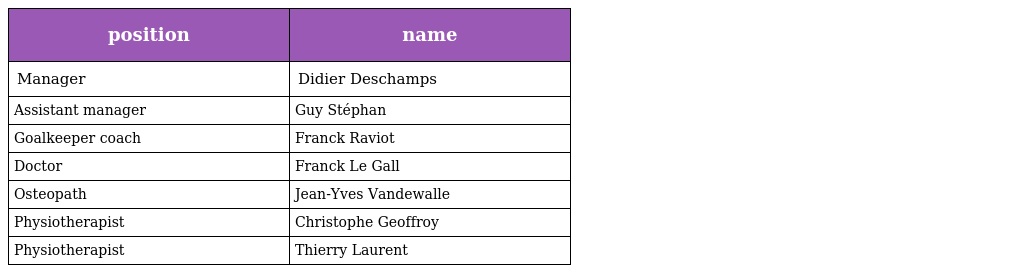
| position | name |
 | --- | --- |
 | Manager | Didier Deschamps |
 | Assistant manager | Guy Stéphan |
 | Goalkeeper coach | Franck Raviot |
 | Doctor | Franck Le Gall |
 | Osteopath | Jean-Yves Vandewalle |
 | Physiotherapist | Christophe Geoffroy |
 | Physiotherapist | Thierry Laurent |